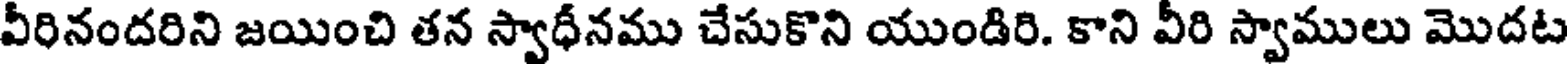
వీరినందరిని జయించి తన స్వాధీనము చేసుకొని యుండిరి. కాని వీరి స్వాములు మొదట